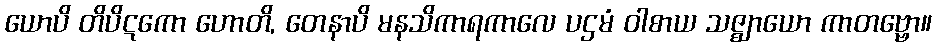
ယောပိ တိပိဋကော ဟောတိ, တေနာပိ မနသိကာရကာလေ ပဌမံ ဝါစာယ သဇ္ဈာယော ကာတဗ္ဗော။